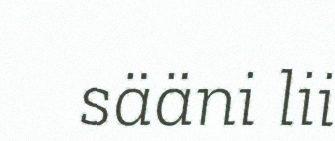
sääni lii